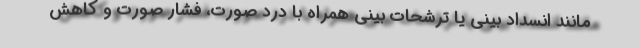
مانند انسداد بینی یا ترشحات بینی همراه با درد صورت، فشار صورت و کاهش